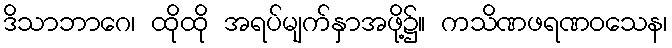
ဒိသာဘာဂေ၊ ထိုထို အရပ်မျက်နှာအဖို့၌။ ကသိဏဖရဏဝသေန၊